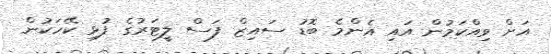
އަށް ވިއްކަމުން އައި އެންމެ ބޮޑު ސައިޒް ފަސް ލީޓަރުގެ ފުޅި ކޭހަކުން